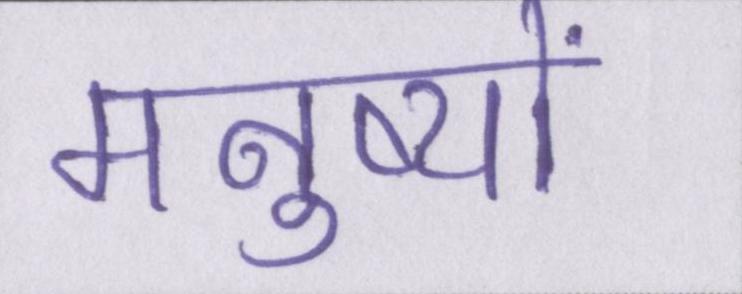
मनुष्यों